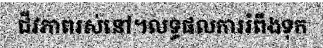
ជីវភាពរស់នៅ។លទ្ធផលការរំពឹងទុក